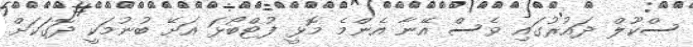
ސްކޫލް ދައުރުގައި ވެސް އޭނާ އެންމެ މޮޅީ ފުޓްބޯޅަ އަށޭ ބުނުމަކީ ދޮގަކަށް